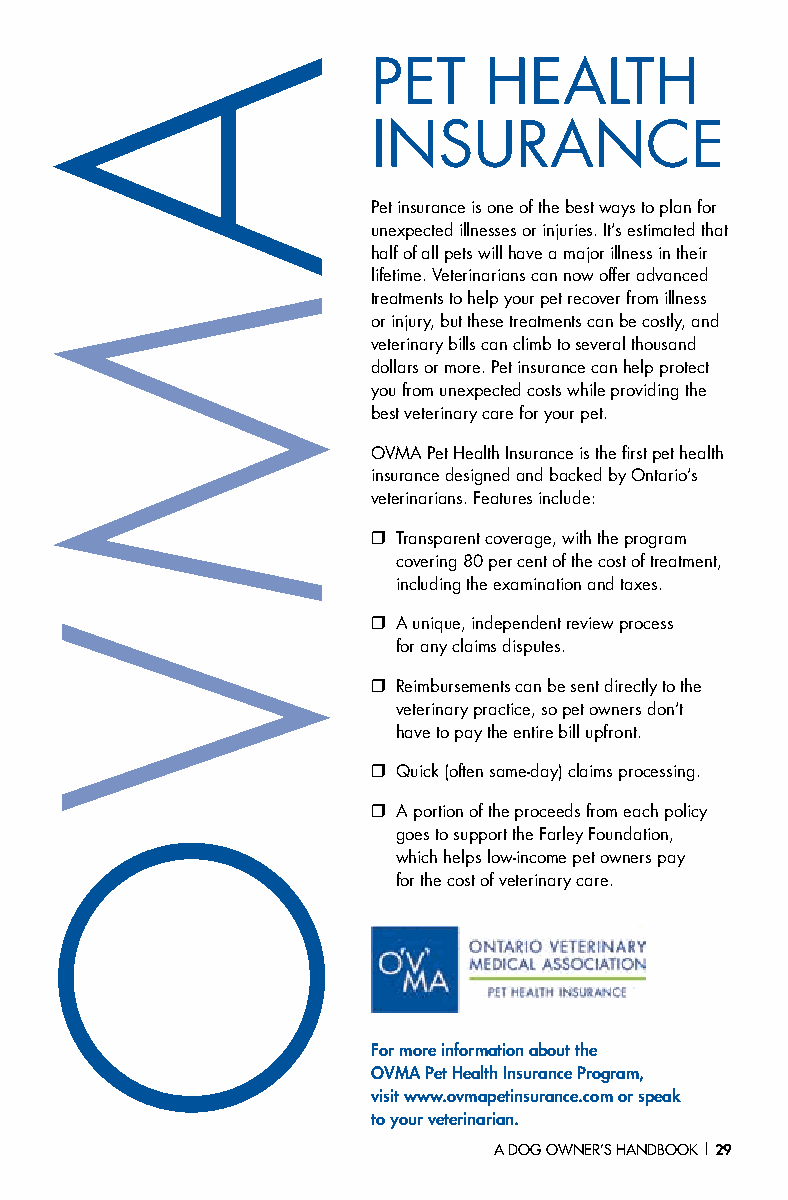
PET    HEALTH
 INSURANCE
 Pet insurance is one of the best ways to plan for
 unexpected illnesses or injuries. It’s estimated that
 half of all pets will have a major illness in their
 lifetime. Veterinarians can now offer advanced
 treatments to help your pet recover from illness
 or injury, but these treatments can be costly, and
 veterinary bills can climb to several thousand
 dollars or more. Pet insurance can help protect
 you from unexpected costs while providing the
 best veterinary care for your pet.
 OVMA Pet Health Insurance is the first pet health
 insurance designed and backed by Ontario’s
 veterinarians. Features include:
 ❒ Transparent coverage, with the program
 covering 80 per cent of the cost of treatment,
 including the examination and taxes.
 ❒ A unique, independent review process
 for any claims disputes.
 ❒ Reimbursements can be sent directly to the
 veterinary practice, so pet owners don’t
 have to pay the entire bill upfront.
 ❒ Quick (often same-day) claims processing.
 ❒ A portion of the proceeds from each policy
 goes to support the Farley Foundation,
 which helps low-income pet owners pay
 for the cost of veterinary care.
 For more information about the
 OVMA Pet Health Insurance Program,
 visit www.ovmapetinsurance.com or speak
 to your veterinarian.
 A DOG OWNER’S HANDBOOK | 29
 AM
 V
 O